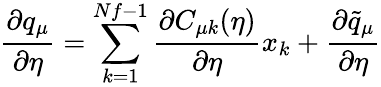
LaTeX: \frac{\partial q_{\mu}}{\partial\eta}=\sum_{k=1}^{Nf-1}\frac{\partial C_{\mu k}(\eta)}{\partial\eta}x_{k}+\frac{\partial\tilde{q}_{\mu}}{\partial\eta}